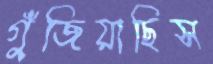
গুঁজিয়াছিস